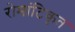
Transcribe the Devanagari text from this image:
रोमांटिकृत